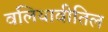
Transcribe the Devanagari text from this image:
वलियावीतिल